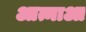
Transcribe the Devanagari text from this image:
आत्माआ